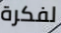
لفكرة